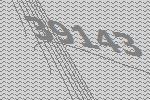
39143